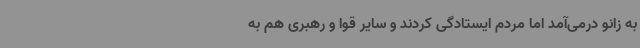
به زانو درمی‌آمد اما مردم ایستادگی کردند و سایر قوا و رهبری هم به